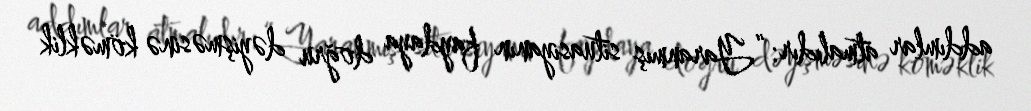
addımlar atmalıdır: “Yaranmış situasiyanın faydaya doğru dəyişməsinə köməklik